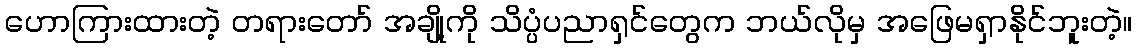
ဟောကြားထားတဲ့ တရားတော် အချို့ကို သိပ္ပံပညာရှင်တွေက ဘယ်လိုမှ အဖြေမရှာနိုင်ဘူးတဲ့။